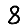
Digit: 8